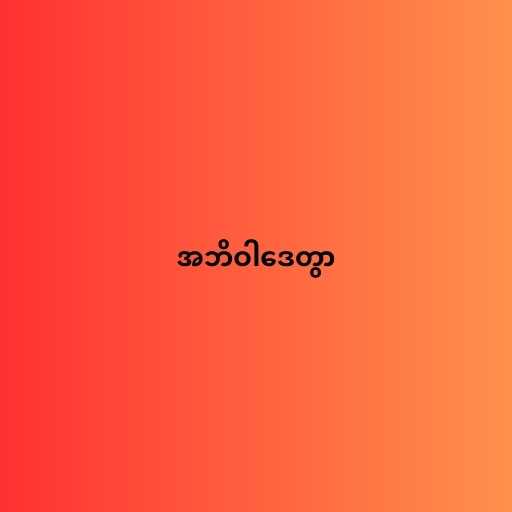
အဘိဝါဒေတွာ